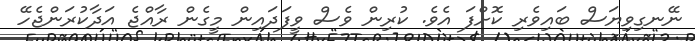
ނޭނގިވިޔަސް ބައިވެރި ކޮށްފަ އެވެ. ކުރިން ވެސް ވީފަދައިން މީގެން ރާއްޖެ އަދާކުރަންޖެހޭ